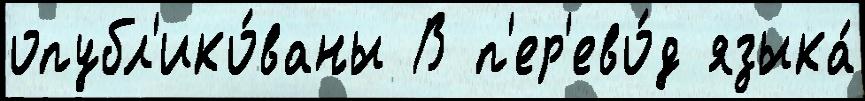
опубл'ико́ваны В п'ер'ево́д языка́